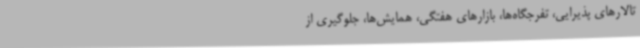
تالارهای پذیرایی، تفرجگاه‌ها، بازارهای هفتگی، همایش‌ها، جلوگیری از